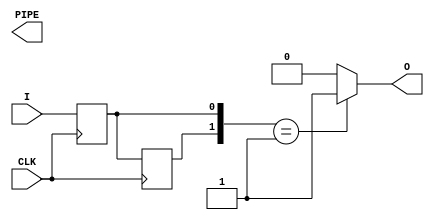
`timescale 1ns / 1ps
/**
 * @file SYNCEDGE.v Contains parameterized synchronous edge detector SYNCEDGE.
 */

//% @brief Generic Pipeline Tools parameterized synchronous edge detector.
//%
//% @gensymbol
//% MODULE SYNCEDGE
//% PARAMETER EDGE "RISING"
//% PARAMETER CLKEDGE "RISING"
//% PARAMETER POLARITY "POSITIVE"
//% PARAMETER LATENCY 1
//% LPORT I input
//% LPORT CLK input
//% RPORT O output
//% RPORT PIPE[LATENCY:0] output
//% @endgensymbol
//%
//% SYNCEDGE is a generic multi-purpose synchronous edge detector. It is
//% parametrizable in terms of clock polarity (positive/negative edge), 
//% input polarity (rising or falling edge detection),
//% output polarity (positive or negative) and latency.
//% 
//% A synchronous edge detector looks for a '01' or '10' (rising/falling resp.)
//% pattern from a registered history of an incoming signal. The registers
//% used to store the history of the incoming signal are also available as
//% an output (PIPE). PIPE has width LATENCY+1.
//% 
//% Timing diagram with EDGE="RISING", CLKEDGE="RISING", POLARITY="POSITIVE",
//% and LATENCY=1.
//% 
//% @drawtiming
//% CLK=0,I=0,O=0,PIPE="00".
//% CLK=1;I=0.
//% CLK=0;I=1.
//% CLK=1;I=>PIPE="01".
//% CLK=0.
//% CLK=1;I=>PIPE="11";PIPE=>O=1.
//% CLK=0.
//% CLK=1.
//% @enddrawtiming
//% 
//% Note that the minimum latency is 0 - in this case, PIPE is a single-bit
//% registered version of the input signal, and O is just "I && !PIPE[0]".
//% (for EDGE="RISING" and POLARITY="POSITIVE").
//% 
//% Latency is typically helpful in reducing routing delays due to a signal
//% being heavily used. The latency convention here is identical to that in
//% the rest of the Generic Pipeline Tools: LATENCY specifies the number of clock
//% edges after the input is valid that must pass before the value can be
//% latched on the next clock edge.
//% 
//% In this case latency is also helpful for synchronizing into a new clock
//% domain. Note that LATENCY=1 implies that the timing of \ref O is defined
//% by the timing of \ref I. <b>If \ref I is asynchronous to \ref CLK, LATENCY=2
//% should be the absolute minimum used.</b> LATENCY=0 would result in \ref O
//% being asynchronous to \ref CLK (since \ref I is asynchronous to \ref CLK).
//% 
//% LATENCY=1 is insufficient for an asynchronous signal because the first
//% registered component (PIPE[0]) could be metastable, which would propagate
//% to the output since with LATENCY=1, the output is derived from PIPE[1] and
//% PIPE[0]. LATENCY=2 is a 2-register synchronizer with the output derived
//% from PIPE[2] and PIPE[1]. PIPE[1] also contains the synchronized version
//% of the input signal.
//% 
//% For a signal which is synchronous to CLK but not on its rising edge,
//% LATENCY=1 is most likely preferable to isolate the shortened setup time
//% to a single register (PIPE[0]) and to guarantee O is valid for a full clock
//% cycle. For instance, consider a case where the input signal is synchronous
//% to CLK on its falling edge, but the output is desired on the rising edge.
//% In that case, LATENCY=0 would result in a setup time of "CLK period/2" 
//% for both the pipe register (PIPE[0]) and <b>any</b> registered components
//% depending on \ref O. In addition, \ref O would only be true for 1/2 of
//% a clock cycle. With LATENCY=1, the setup time of "CLK period/2" 
//% applies only to PIPE[0], and \ref O would be true for the full CLK period.
//%
//% @tparam EDGE "RISING" or "FALLING". Specifies input polarity (rising/falling edge). Defaults to "RISING".
//% @tparam POLARITY "POSITIVE" or "NEGATIVE". Specifies output signal polarity. Defaults to "POSITIVE".
//% @tparam LATENCY Number of clock cycles from I changing state to O true. Defaults to 0.
//% @tparam CLKEDGE "RISING" or "FALLING". Specifies edge of clock to use. 
//% @param [in] I Input signal.
//% @param [out] O Output signal. Polarity depends on \ref POLARITY.
//% @param [in] CLK System clock. Edge used depends on CLKEDGE.
//% @param [out] PIPE[LATENCY:0]. Registered history of input signal.
//% 
module SYNCEDGE(
		I,
		O,
		CLK,
		PIPE
		);
   //% Number of clock edges required before output is true when condition met.
   parameter LATENCY = 1;
   //% Edge detector type - "RISING" or "FALLING".
   parameter EDGE = "RISING";
   //% Output signal "true" polarity - "POSITIVE" or "NEGATIVE"
   parameter POLARITY = "POSITIVE";
   //% Clock edge to use - "RISING" or "FALLING"
   parameter CLKEDGE = "RISING";

   localparam [1:0] match_value = {(EDGE == "FALLING"),(EDGE=="RISING")};
      
   //% Input signal.
   input I; 
   //% Flag when edge is detected.
   output O;
   //% System clock.
   input  CLK;
   //% Output registered history of input signal.
   output [LATENCY:0] PIPE;

   //% Input signal (I_pipe[0]) and registered history
	reg [LATENCY+1:0]    I_pipe = {LATENCY{1'b0}};
   //% 1 of value has been matched, 0 if not
   wire 	      EDGE_DETECTED = (I_pipe[LATENCY+1:LATENCY] == match_value);   
      
   generate
      genvar i;      
		for (i=0;i<=LATENCY+1;i=i+1) begin : LOOP
			if (i==0) begin : HEAD
				if (CLKEDGE == "RISING") begin : CLKRISE
					always @(*) I_pipe[i] <= I;
				end else begin : CLKFALL
					always @(*) I_pipe[i] <= I;
				end
			end else begin : TAIL
				if (CLKEDGE == "RISING") begin : CLKRISE
					always @(posedge CLK) I_pipe[i] <= I_pipe[i-1];
				end else begin : CLKFALL
					always @(negedge CLK) I_pipe[i] <= I_pipe[i-1];
				end
			end
		end
   endgenerate

   assign O = EDGE_DETECTED ? POLARITY=="POSITIVE" : POLARITY=="NEGATIVE";
 
endmodule // SYNCEDGE